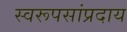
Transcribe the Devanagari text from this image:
स्वरूपसांप्रदाय